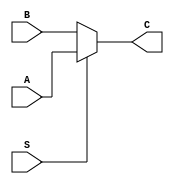
`timescale 1ns / 1ps


module NBit_MUX2x1  #(parameter N = 32) (input [N-1:0]A, B,input S, output  [N-1:0]C);  
      
     assign  C = S?A:B;
      
    // always@(*)
    // begin 
    //     C = S?A:B;
    // end

endmodule